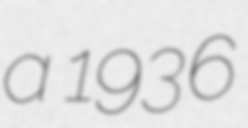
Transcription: a 1936